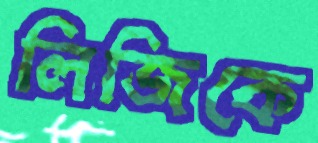
লিজিকে